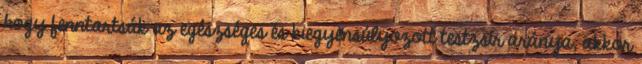
hogy fenntartsák az egészséges és kiegyensúlyozott testzsír aránya, akkor